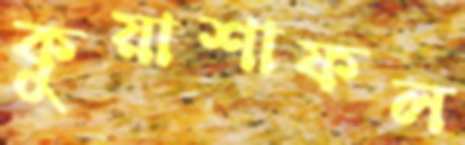
কুয়াশাফল